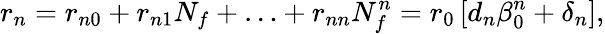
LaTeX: r_{n}=r_{n0}+r_{n1}N_{f}+\ldots+r_{nn}N_{f}^{n}=r_{0}\left[d_{n}\beta_{0}^{n}+\delta_{n}\right],